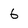
Character: 6